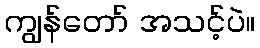
ကျွန်တော် အသင့်ပဲ။